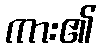
ကား၏